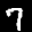
Label: 7